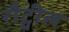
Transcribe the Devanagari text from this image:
रौट्वील